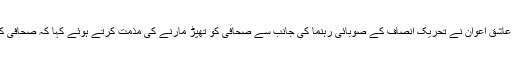
وزیراعظم عمران خان کی معاون خصوصی برائے اطلاعات فردوس عاشق اعوان نے تحریک انصاف کے صوبائی رہنما کی جانب سے صحافی کو تھپڑ مارنے کی مذمت کرتے ہوئے کہا کہ صحافی کو تھپڑ مارنے کے واقعے سے ہمارے سر شرم سے جھک گئے ہیں۔